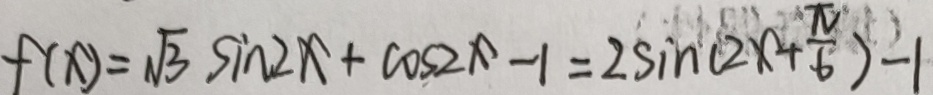
f ( x ) = \sqrt { 3 } \sin 2 x + \cos 2 x - 1 = 2 \sin ( 2 x + \frac { \pi } { 6 } ) - 1